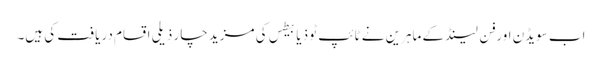
اب سویڈن اور فِن لینڈ کے ماہرین نے ٹائپ ٹو ذیابیطس کی مزید چار ذیلی اقسام دریافت کی ہیں۔